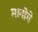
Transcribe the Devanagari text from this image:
मानोगे